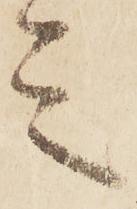
言